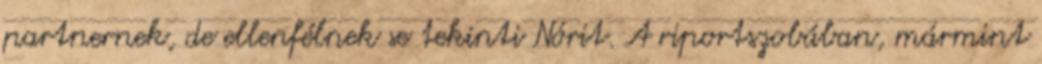
partnernek, de ellenfélnek se tekinti Nórit. A riportszobában, mármint